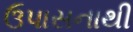
ઉપાસનાથી